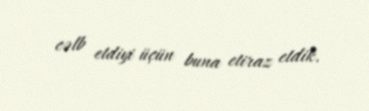
cəlb etdiyi üçün buna etiraz etdik.